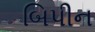
બિપીન